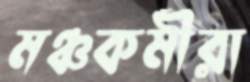
মঞ্চকর্মীরা